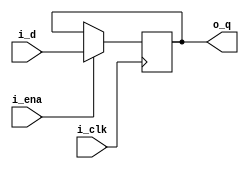
`timescale 1ns / 1ps
//////////////////////////////////////////////////////////////////////////////////
// Company: 
// Engineer: 
// 
// Design Name: 
// Module Name:    my_dff 
// Project Name: 
// Target Devices: 
// Tool versions: 
// Description: 
//
// Dependencies: 
//
// Revision: 
// Revision 0.01 - File Created
// Additional Comments: 
//
//////////////////////////////////////////////////////////////////////////////////
module my_dff(
    input i_clk,
    input i_ena,
    input i_d,
    output reg o_q
    );
	 
	 always @(posedge i_clk) begin
		if (i_ena) o_q <= i_d;
	 end

endmodule